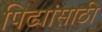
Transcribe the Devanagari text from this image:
पिढ्यांसाठी